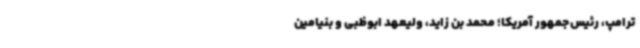
ترامپ، رئیس‌جمهور آمریکا؛ محمد بن‌ زاید، ولیعهد ابوظبی و بنیامین